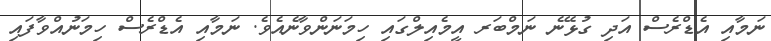
ނަމާއި އެޑްރެސް އަދި ގުޅޭނެ ނަމްބަރ އީމެއިލްގައި ހިމަނަންވާނެއެވެ. ނަމާއި އެޑްރެސް ހިމަނުއްވާފައި